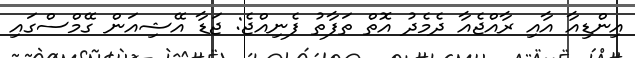
އިންޑިއާ އާއި ރާއްޖެއާ ދެމެދު އޮތް ތަފާތު ފެނިއްޖެ: ޖަޑާ އޭޝިއަން ގޭމްސްގައި